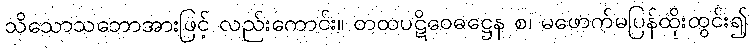
သိသောသဘောအားဖြင့် လည်းကောင်း။ တထပဋိဝေဓဋ္ဌေန စ၊ မဖောက်မပြန်ထိုးထွင်း၍